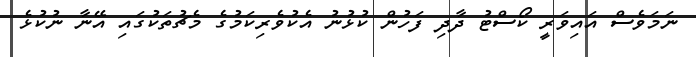
ނަމަވެސް އައިވަރީ ކޯސްޓު ދާދި ފަހުން ކުޅުނު އެކުވެރިކަމުގެ މެޗުތަކުގައި އޭނާ ނުކުޅެ